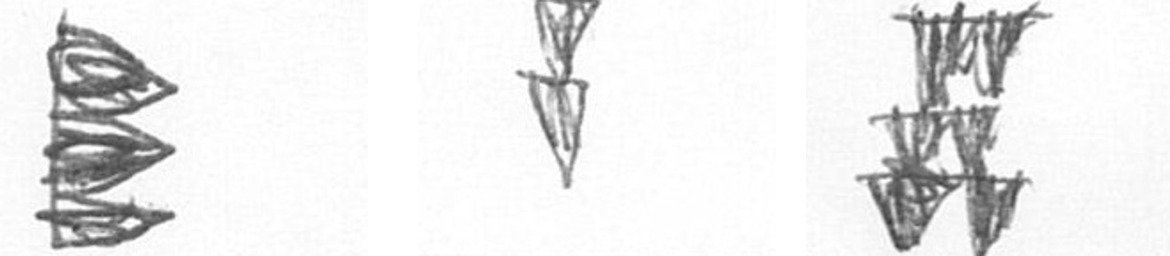
H Z Y